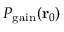
P _ { \mathrm { g a i n } } ( \mathbf { r } _ { 0 } )